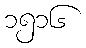
၁၅၁၆